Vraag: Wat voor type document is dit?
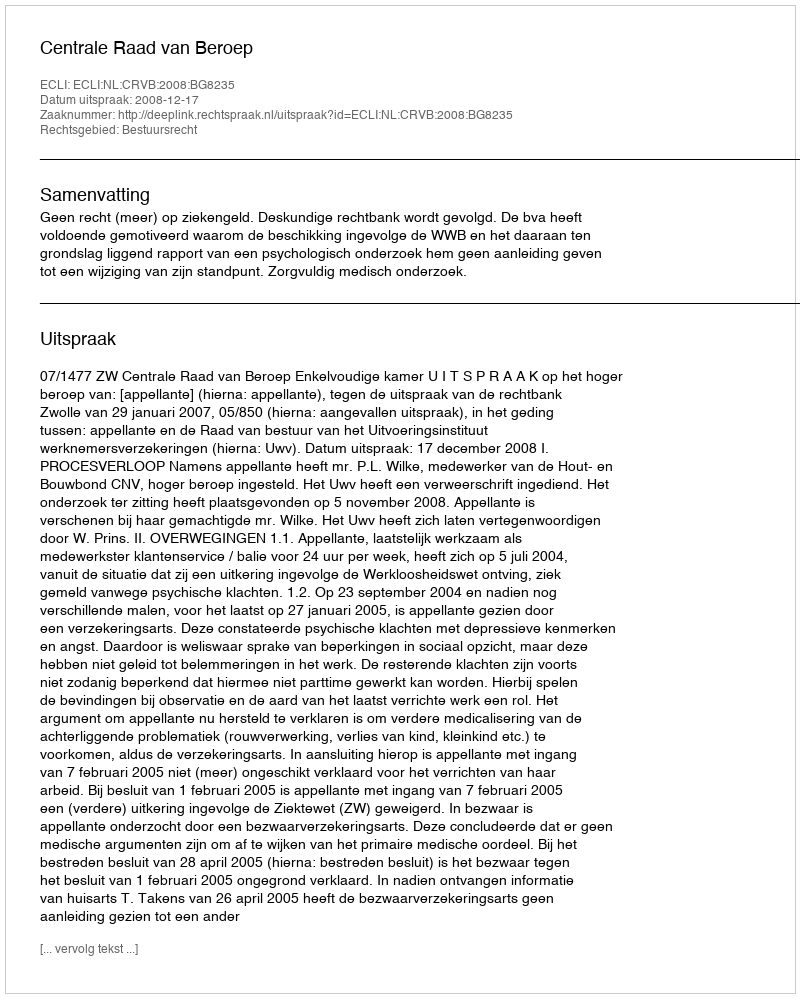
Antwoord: Uitspraak